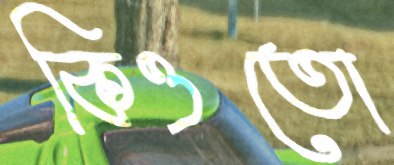
কিওতো